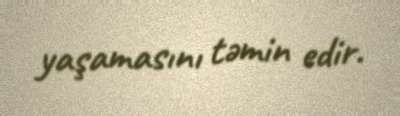
yaşamasını təmin edir.